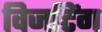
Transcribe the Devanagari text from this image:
विजटिंग